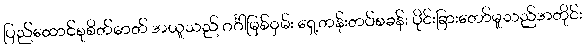
ပြည်ထောင်စုစိတ်ဓာတ် အယူသည် ဂင်္ဂါမြစ်ဝှမ်း ရှေ့တန်းတပ်စခန်း ပိုင်းခြားတော်မူသည်အတိုင်း